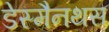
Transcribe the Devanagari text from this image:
डेस्मैनथस